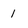
Character: 1